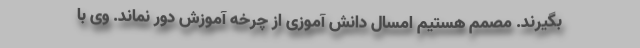
بگیرند. مصمم هستیم امسال دانش آموزی از چرخه آموزش دور نماند. وی با